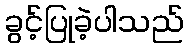
ခွင့်ပြုခဲ့ပါသည်